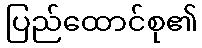
ပြည်ထောင်စု၏